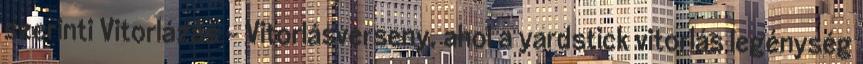
szerinti Vitorlázás - Vitorlásverseny, ahol a yardstick vitorlás legénység